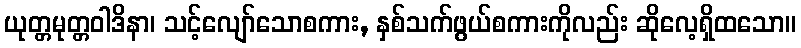
ယုတ္တမုတ္တဝါဒိနာ၊ သင့်လျော်သောစကား, နှစ်သက်ဖွယ်စကားကိုလည်း ဆိုလေ့ရှိထသော။